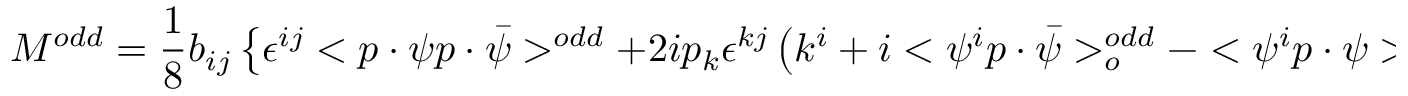
{ \cal M } ^ { o d d } = \frac 1 8 b _ { i j } \left\{ \epsilon ^ { i j } < p \cdot \psi p \cdot \bar { \psi } > ^ { o d d } + 2 i p _ { k } \epsilon ^ { k j } \left( k ^ { i } + i < \psi ^ { i } p \cdot \bar { \psi } > _ { o } ^ { o d d } - < \psi ^ { i } p \cdot \psi > _ { o } ^ { o d d } \right) \right\} \; ,